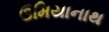
ઉમિયાનાથ